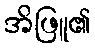
အိဖြူ၏